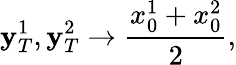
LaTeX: \mathbf{y}_{T}^{1},\mathbf{y}_{T}^{2}\to\frac{{x_{0}^{1}+x_{0}^{2}}}{{2}},